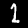
Label: 1